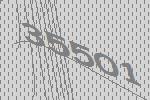
35501